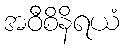
အဝီစိနိရယံ